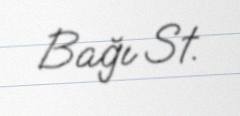
Bağı St.